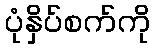
ပုံနှိပ်စက်ကို